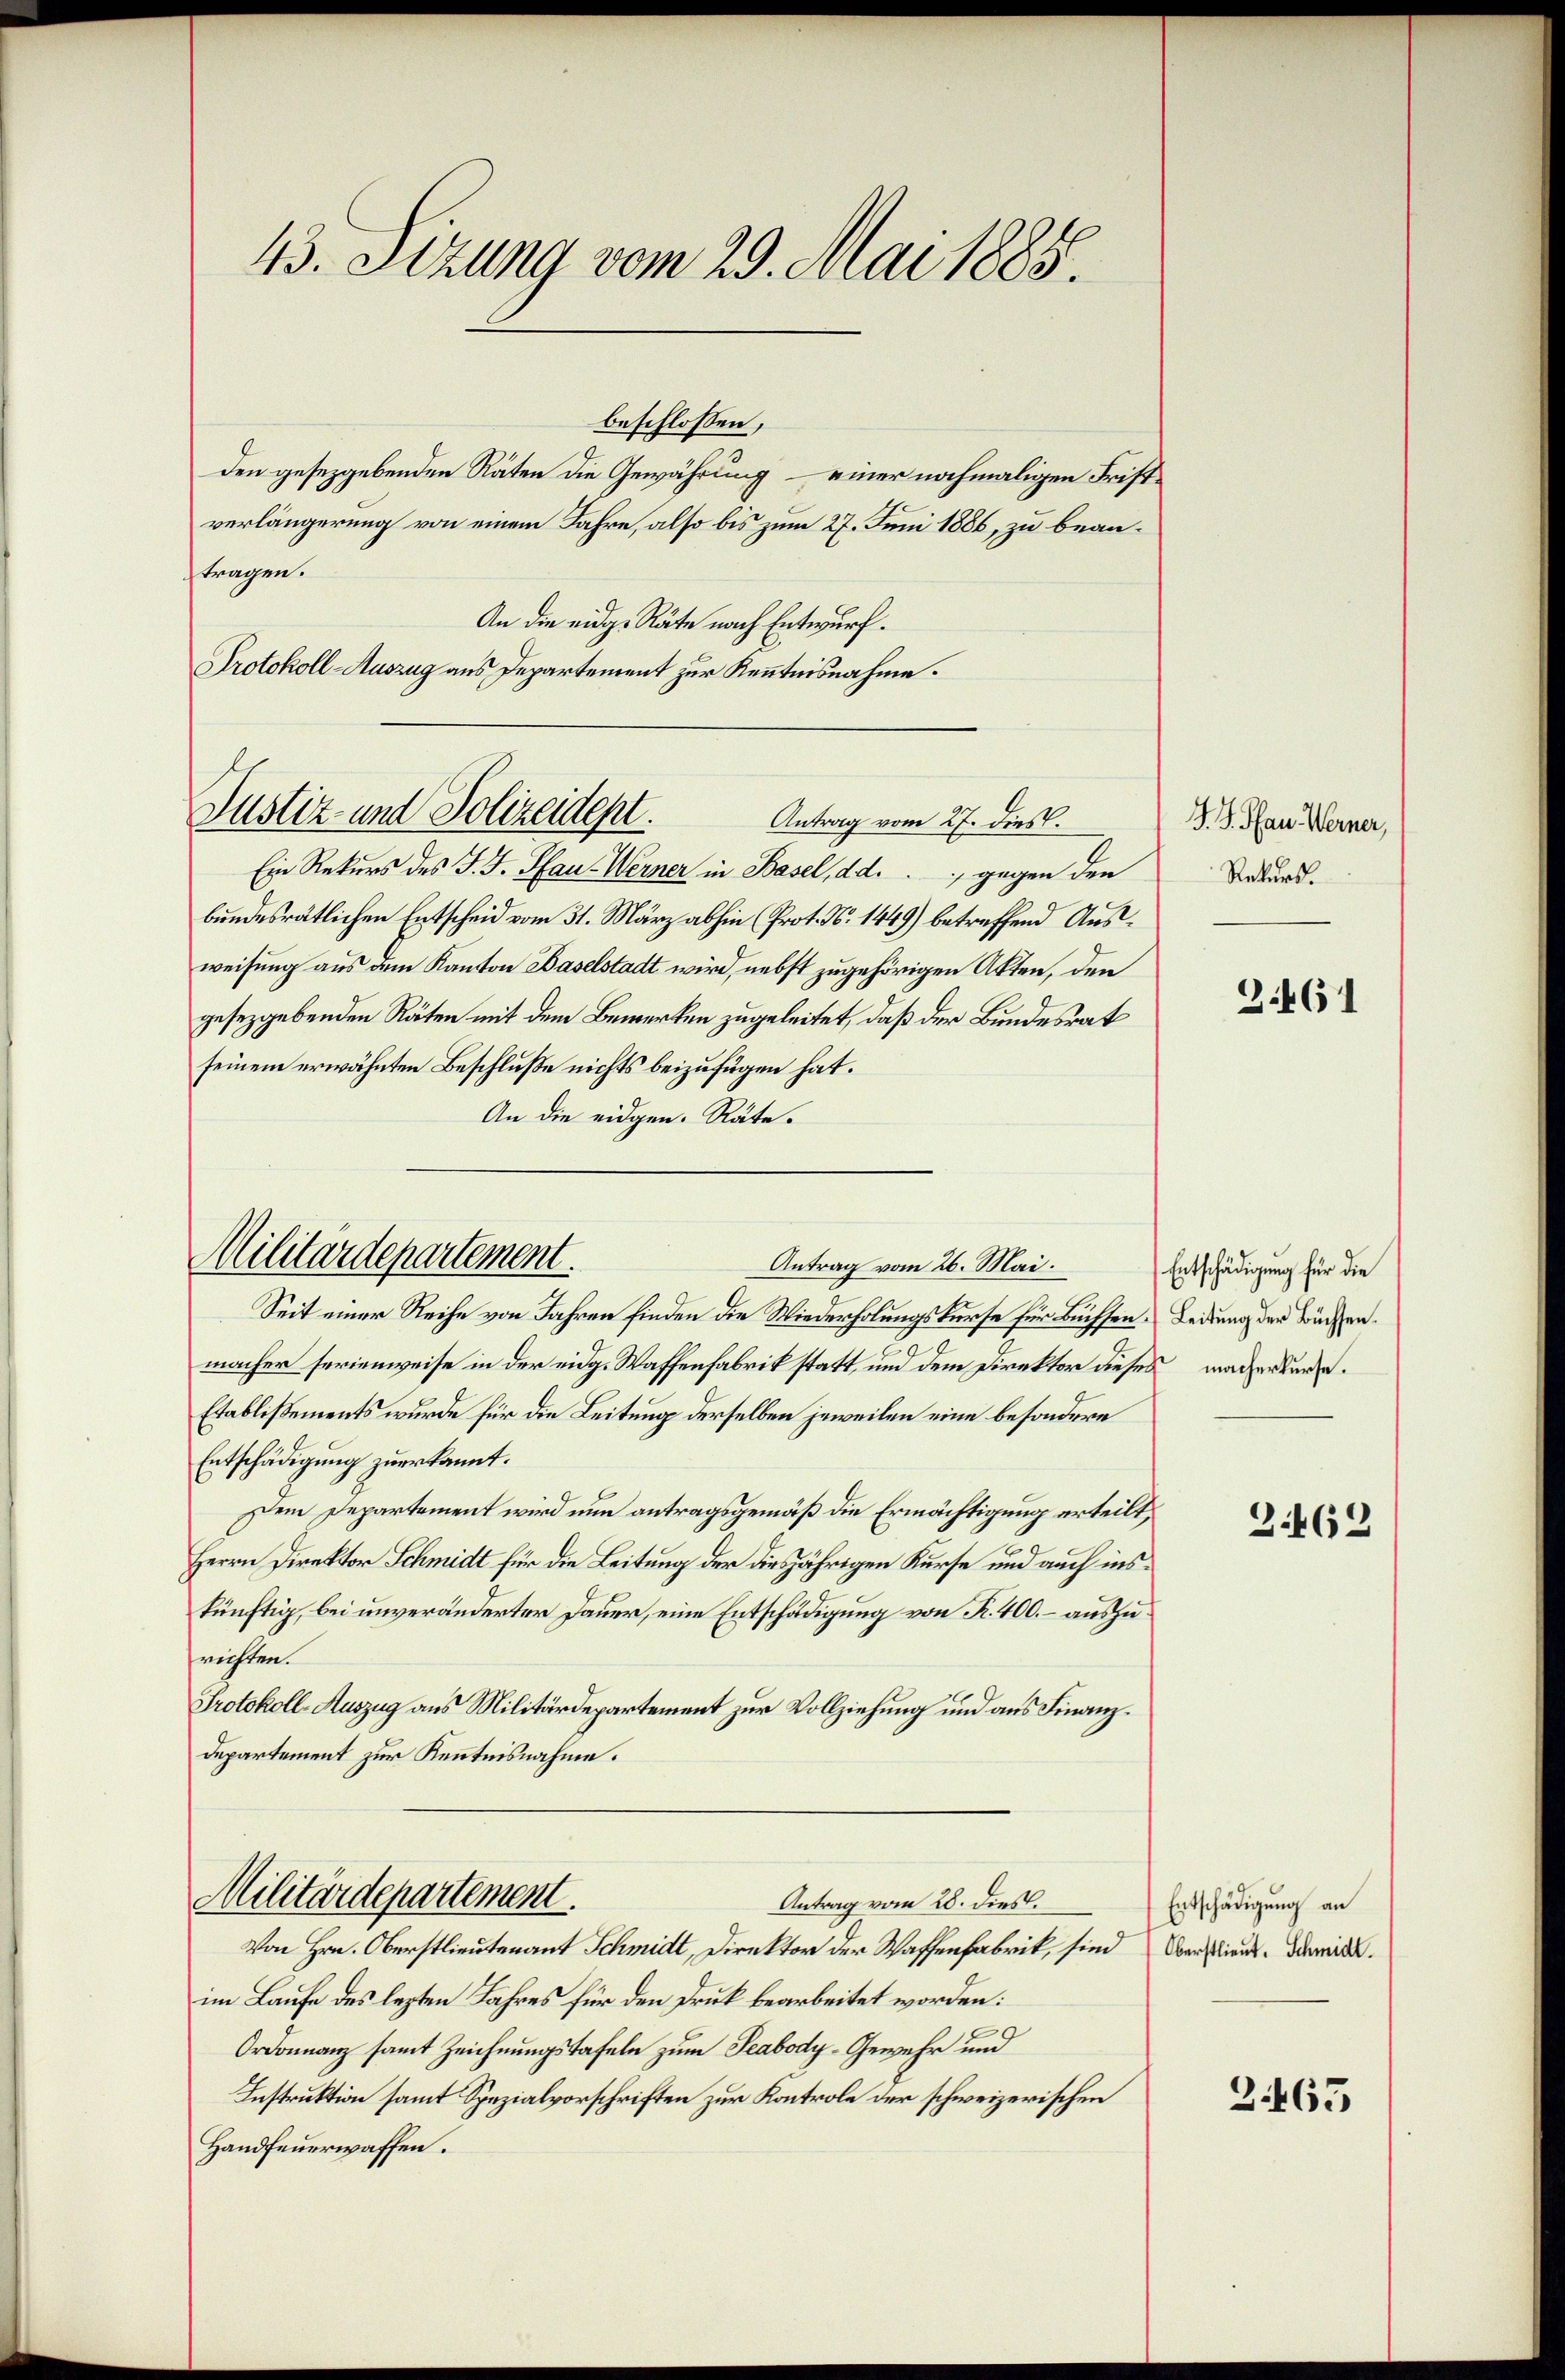
43. Sizung vom 29. Mai 1885.

Justiz- und Polizeidept.
Antrag vom 27. dies.

Ein Rekurs des J. J. Hau-Werner in Basel, d. d. gegen den
bundesrätlichen Entscheid vom 31. März abhin (Prot. N. 1449) betreffend Ausweisung aus dem Kanton Baselstadt wird, nebst zugehörigen Akten, den
gesezgebenden Räten mit dem Bewerken zugeleitet, daß der Bundesrat
seinem erwähnten Beschluße nichts beizufügen hat.
An die eidgen. Räte.

beschlossen,
den gesezgebenden Räten die Gewährung – einer nochmaligen Fristverlängerung von einem Jahre, also bis zum 27. Juni 1886, zu beantragen.
An die eidg. Räte nach Entwurf.
Protokoll-Auszug aus Departement zur Kenntnisnahme.

Militärdepartement.
Antrag vom 26. Mai.

Militärdepartement.
Antrag vom 28. dies

Seit einer Reihe von Jahren finden die Wiederholungskurse für Büchsen. Leidung der Büchen.
macher serienweise in der eidg. Waffenfabrik statt, und dem Direktor dieses macher wurde.
Etablißements wurde für die Leitung derselben jeweilen eine besondere
Entschädigung zuerkannt.
Dem Departement wird nun antragsgemäß die Ermächtigung erteilt,
Herrn Direktor Schmidt für die Leitung der diesjährigen Kurse und auch inskünftig, bei unveränderter Dauer, eine Entschädigung von R. 400. – auszurichten.
Protokoll-Auszug aus Militärdepartement zur Vollziehung und aus Finanz¬
Departement zur Kenntnisnahme.

Von Hrn. Oberstlieutenant Schmidt, Direktor der Waffenfabrik, sind Verstlieut. Damide.
im Laufe des lezten Jahres für den Druk bearbeitet worden:
Ordonnanz samt Zeichnungstafeln zum Teabody-Gewehr und
Instruktion samt Spezialvorschriften zur Kontrole der schweizerischen
Handfeuerwaffen.

J. J. Pfau Werner,
Rekurs.

3461

Entschädigung für die

3462

Entschädigung an

2.465